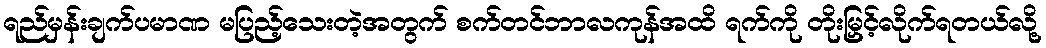
ရည်မှန်းချက်ပမာဏ မပြည့်သေးတဲ့အတွက် စက်တင်ဘာလကုန်အထိ ရက်ကို တိုးမြှင့်လိုက်ရတယ်လို့